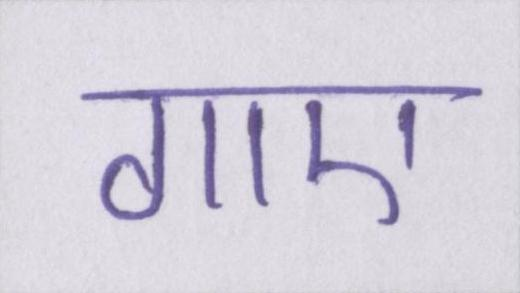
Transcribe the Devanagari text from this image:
गाए